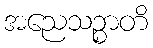
အညေသဉ္စာတိ